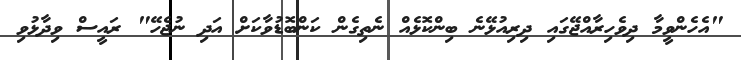
"އެހެންވީމާ ދިވެހިރާއްޖޭގައި ދިރިއުޅޭނެ ބިންކޮޅެއް ނެތިގެން ކަންބޮޑުވާކަށް އަދި ނުޖެހޭ" ރައީސް ވިދާޅުވި